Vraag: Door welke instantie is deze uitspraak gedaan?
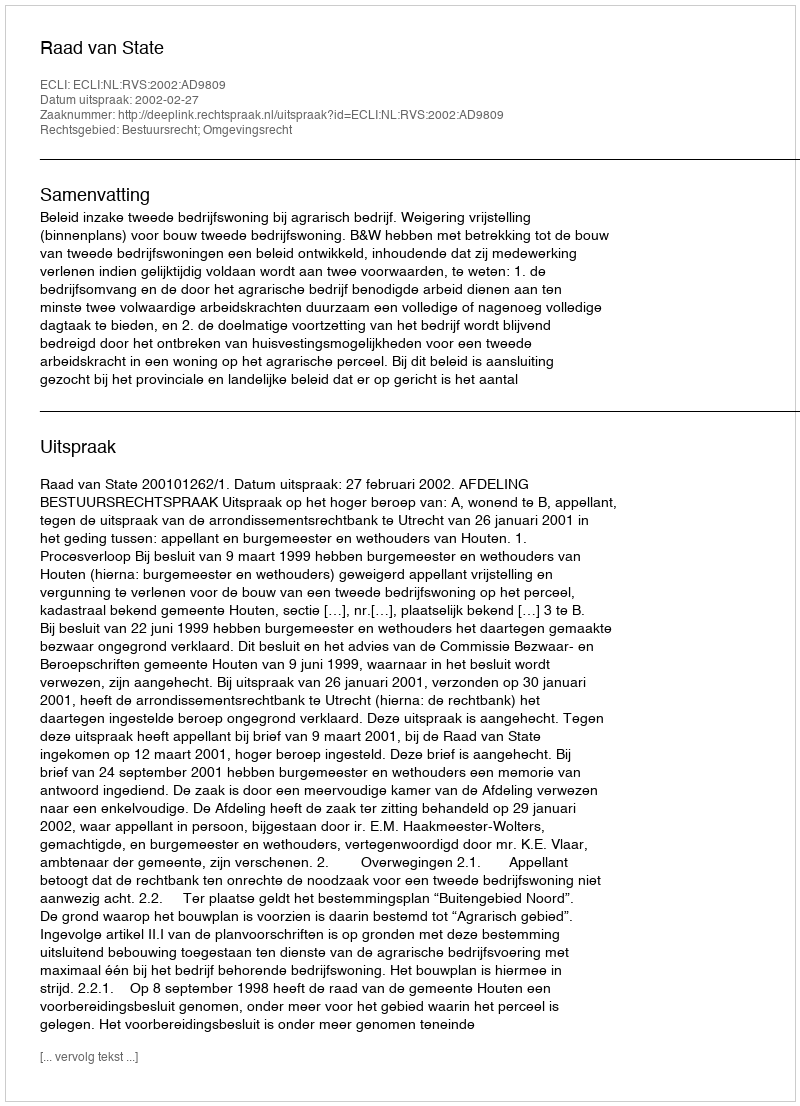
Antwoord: Raad van State